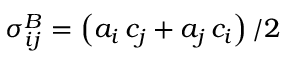
\sigma _ { i j } ^ { B } = \left( a _ { i } \, c _ { j } + a _ { j } \, c _ { i } \right) / 2